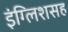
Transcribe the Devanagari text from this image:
इंग्लिशसह